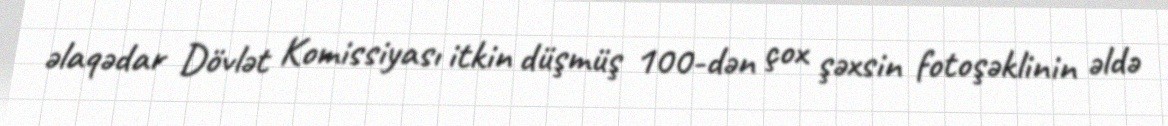
əlaqədar Dövlət Komissiyası itkin düşmüş 100-dən çox şəxsin fotoşəklinin əldə